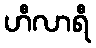
ဟီလာရီ